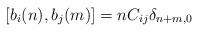
LaTeX: \begin{align*}[ b_{i}(n) , b_{j}(m) ] = n C_{ij} \delta_{n + m, 0}\end{align*}